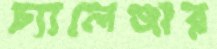
চ্যালেঞ্জার